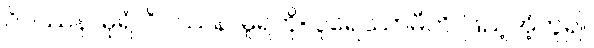
ဝိပဿနာဓုရံ၊ ဝိပဿနာဓူရကို။ ပူရေဿာမီတိ၊ ဖြည့်အံ့ဟူ၍။